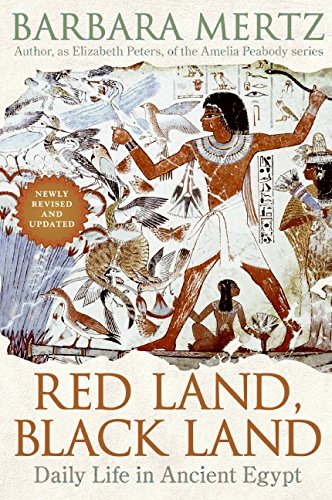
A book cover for Red Land, Black Land: Daily Life in Ancient Egypt; Barbara Mertz; Science & Math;